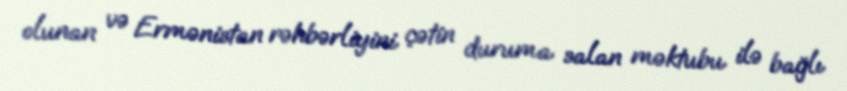
olunan və Ermənistan rəhbərliyini çətin duruma salan məktubu ilə bağlı